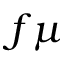
f \mu